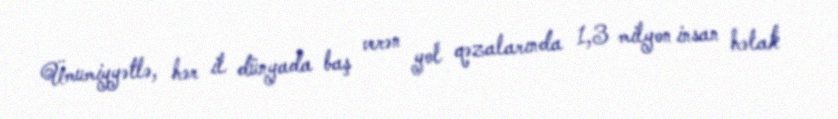
Ümumiyyətlə, hər il dünyada baş verən yol qəzalarında 1,3 milyon insan həlak